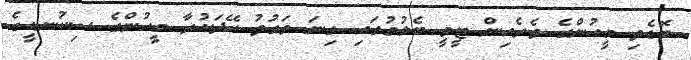
ބޮޑެތި މީހުންގެ ތެރެއިން ޓީވީ ބެލުމުގައި ގިނަ ވަގުތު ހޭދަކުރާ މީހުންގެ ސިކުނޑީގެ